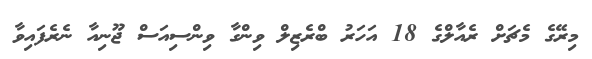
މިރޭގެ މެޗަށް ރެއާލްގެ 18 އަހަރު ބްރެޒިލް ވިންގާ ވިންސިއަސް ޖޫނިއާ ނެރެފައިވާ